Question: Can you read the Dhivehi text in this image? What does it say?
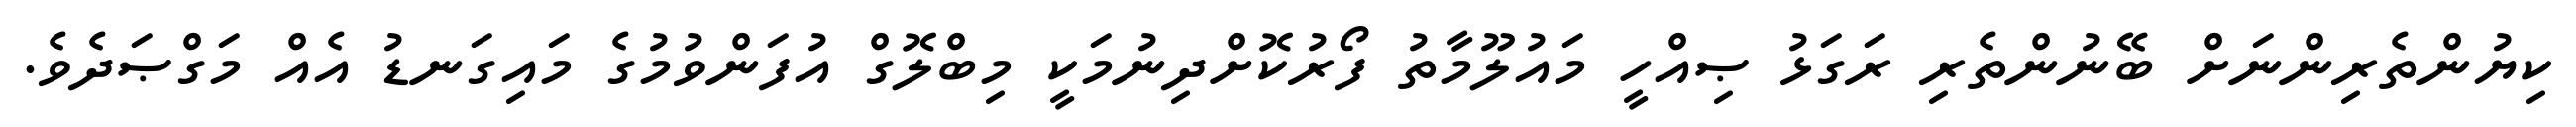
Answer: ކިޔުންތެރިންނަށް ބޭނުންތެރި ރަގަޅު ޞިއްހީ މައުލޫމާތު ފޯރުކޮށްދިނުމަކީ މިބްލޮގް އުފަންވުމުގެ މައިގަނޑު އެއް މަގްޞަދެވެ.